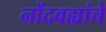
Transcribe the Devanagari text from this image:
नोंदवह्यांचे